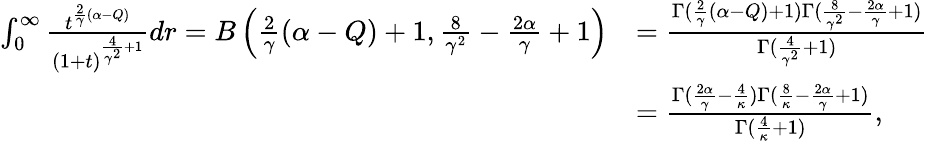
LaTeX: \begin{array}{rl}{\int_{0}^{\infty}\frac{t^{\frac{2}{\gamma}(\alpha-Q)}}{(1+t)^{\frac{4}{\gamma^{2}}+1}}dr=B\left(\frac{2}{\gamma}(\alpha-Q)+1,\frac{8}{\gamma^{2}}-\frac{2\alpha}{\gamma}+1\right)}&{=\frac{\Gamma(\frac{2}{\gamma}(\alpha-Q)+1)\Gamma(\frac{8}{\gamma^{2}}-\frac{2\alpha}{\gamma}+1)}{\Gamma(\frac{4}{\gamma^{2}}+1)}}\\ &{=\frac{\Gamma(\frac{2\alpha}{\gamma}-\frac{4}{\kappa})\Gamma(\frac{8}{\kappa}-\frac{2\alpha}{\gamma}+1)}{\Gamma(\frac{4}{\kappa}+1)},}\end{array}